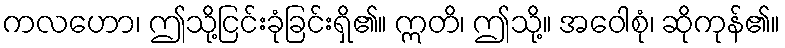
ကလဟော၊ ဤသို့ငြင်းခုံခြင်းရှိ၏။ ဣတိ၊ ဤသို့။ အဝေါစုံ၊ ဆိုကုန်၏။